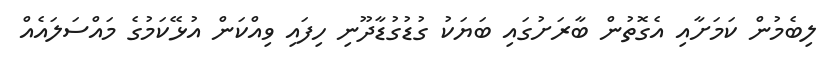
ލިބެމުން ކަމަށާއި އެގޮތުން ބާރަށުގައި ބަޔަކު ގުޑުގުޑާދޫނި ހިފައި ވިއްކަން އުޅޭކަމުގެ މައްސަލައެއް